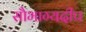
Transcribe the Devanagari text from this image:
सौभाग्यदीप